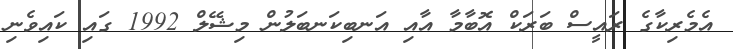
އެމެރިކާގެ ރައީސް ބަރަކް އޮބާމާ އާއި އަނބިކަނބަލުން މިޝޭލް 1992 ގައި ކައިވެނި